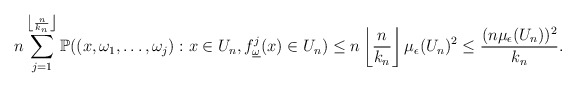
\begin{align*}n\sum_{j=1}^{\left\lfloor\frac{n}{k_n}\right\rfloor}\mathbb{P}((x,\omega_1,\dots,\omega_j): x\in U_n, f_{\underline{\omega}}^j(x)\in U_n)\leq n\left\lfloor\frac{n}{k_n}\right\rfloor\mu_\epsilon(U_n)^2\leq \frac{(n\mu_\epsilon(U_n))^2}{k_n}.\end{align*}